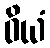
ဝိယံ